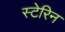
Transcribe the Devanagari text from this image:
स्टेरिन